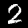
Label: 2